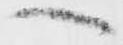
へ